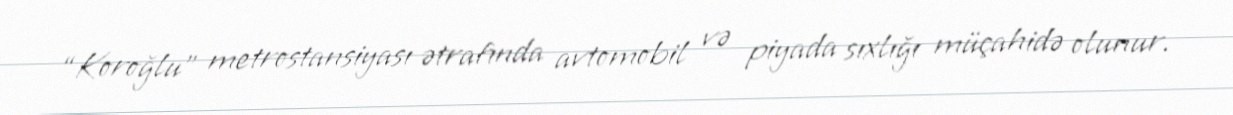
“Koroğlu” metrostansiyası ətrafında avtomobil və piyada sıxlığı müçahidə olunur.